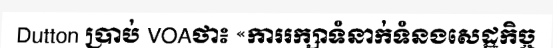
Dutton ប្រាប់ VOAថា៖ «ការរក្សាទំនាក់ទំនងសេដ្ឋកិច្ច